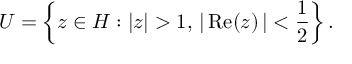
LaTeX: U = \left\{ z \in H : \left| z \right| > 1 , \, \left| \, { \mathrm { R e } } ( z ) \, \right| < { \frac { 1 } { 2 } } \right\} .